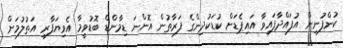
ކުންފުނިން އުފައްދާފައިވާ އައިޕެޑަށް ކުޑަކުދިންގެ ފަރާތުން އޮންނަ ޑިމާންޑް ބޮޑުވީމާ އެވިޔަފާރި އަތުލުމަށް